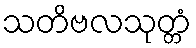
သတိဗလသုတ္တံ